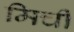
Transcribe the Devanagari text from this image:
मिची